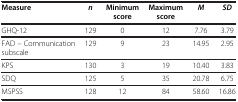
<table><thead><tr><td><b>Measure</b></td><td><b><i>n</i></b></td><td><b>Minimum score</b></td><td><b>Maximum score</b></td><td><b><i>M</i></b></td><td><b><i>SD</i></b></td></tr></thead><tbody><tr><td>GHQ-12</td><td>129</td><td>0</td><td>12</td><td>7.76</td><td>3.79</td></tr><tr><td>FAD – Communication subscale</td><td>129</td><td>9</td><td>23</td><td>14.95</td><td>2.95</td></tr><tr><td>KPS</td><td>130</td><td>3</td><td>19</td><td>10.40</td><td>3.83</td></tr><tr><td>SDQ</td><td>125</td><td>5</td><td>35</td><td>20.78</td><td>6.75</td></tr><tr><td>MSPSS</td><td>128</td><td>12</td><td>84</td><td>58.60</td><td>16.86</td></tr></tbody></table>